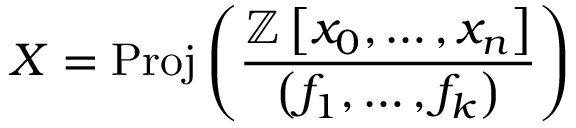
X = { \mathrm { P r o j } } \left( { \frac { \mathbb { Z } \left[ x _ { 0 } , \ldots , x _ { n } \right] } { \left( f _ { 1 } , \ldots , f _ { k } \right) } } \right)